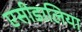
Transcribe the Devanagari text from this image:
एसीडालिया